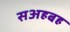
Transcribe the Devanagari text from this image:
सअहबह